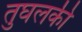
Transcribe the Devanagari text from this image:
तुघलकी